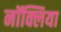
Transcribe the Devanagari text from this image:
नॉक्लिया